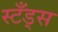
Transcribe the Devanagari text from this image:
स्टँड्स